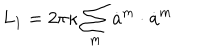
L _ { 1 } = 2 \pi \kappa \sum _ { m } \dot { \bf a } ^ { m } \cdot \dot { \bf a } ^ { m }